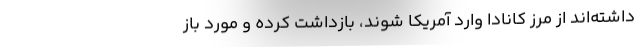
داشته‌اند از مرز کانادا وارد آمریکا شوند، بازداشت کرده و مورد باز